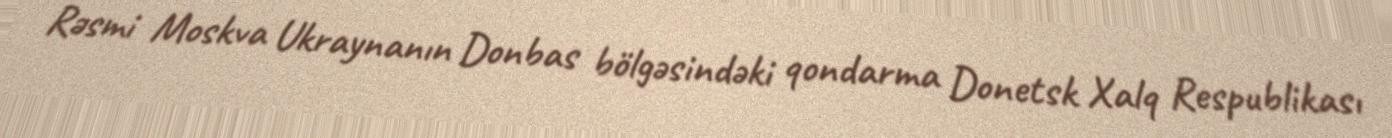
Rəsmi Moskva Ukraynanın Donbas bölgəsindəki qondarma Donetsk Xalq Respublikası